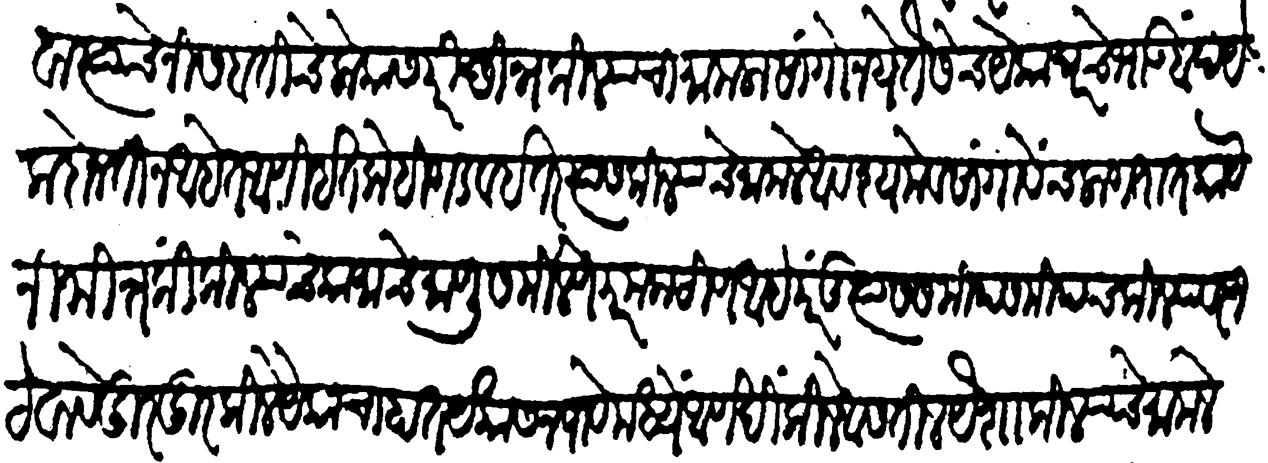
Transliteration (Devanagari): अथवा त्याचे निसबतीचे लोकास परिच्छिन्न किल्ल्याचा मामला सांगू नये तैसेंच येका घरचे भाऊबंद यकदोनतीन आहेत आणि इतकेहि गडवई तर त्यांस किल्ल्याचे मामले अवश्यमेव सांगावेच लागतात काये निमित्त की किल्ल्याचे कामाचें माणूस मिळणें परम कठीण आहे परंतु त्यास समीप समीपच किल्ल्यावर न ठेवावें दूर दूर किल्ले येकाचा हात यकास न पावे मध्ये आणखी किल्ले असतील पयैशा किल्ल्याचे मामले